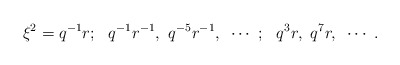
\begin{align*}\xi^2=q^{-1}r;~~q^{-1}r^{-1},~q^{-5}r^{-1},~\cdots~;~~q^3r,~q^7r,~\cdots~.\end{align*}